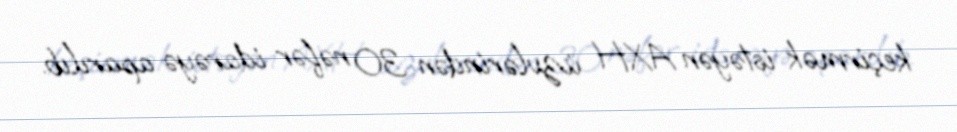
keçirmək istəyən AXH üzvlərindən 30 nəfər idarəyə aparılıb.